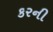
કરની